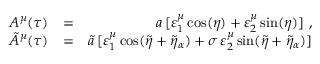
\begin{array} { r l r } { A ^ { \mu } ( \tau ) } & { = } & { a \, [ \varepsilon _ { 1 } ^ { \mu } \cos ( \eta ) + \varepsilon _ { 2 } ^ { \mu } \sin ( \eta ) ] \ , } \\ { \tilde { A } ^ { \mu } ( \tau ) } & { = } & { \tilde { a } \, [ \varepsilon _ { 1 } ^ { \mu } \cos ( \tilde { \eta } + \tilde { \eta } _ { \alpha } ) + \sigma \, \varepsilon _ { 2 } ^ { \mu } \sin ( \tilde { \eta } + \tilde { \eta } _ { \alpha } ) ] } \end{array}